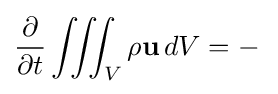
{\frac {\partial }{\partial t}}\iiint _{\scriptstyle V}\rho \mathbf {u} \,dV=-\,{}